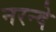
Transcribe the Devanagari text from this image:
नरन्दे